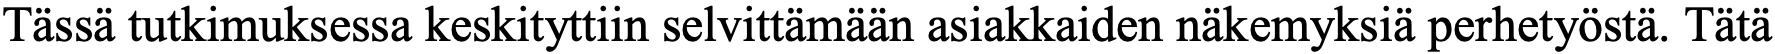
Tässä tutkimuksessa keskityttiin selvittämään asiakkaiden näkemyksiä perhetyöstä. Tätä